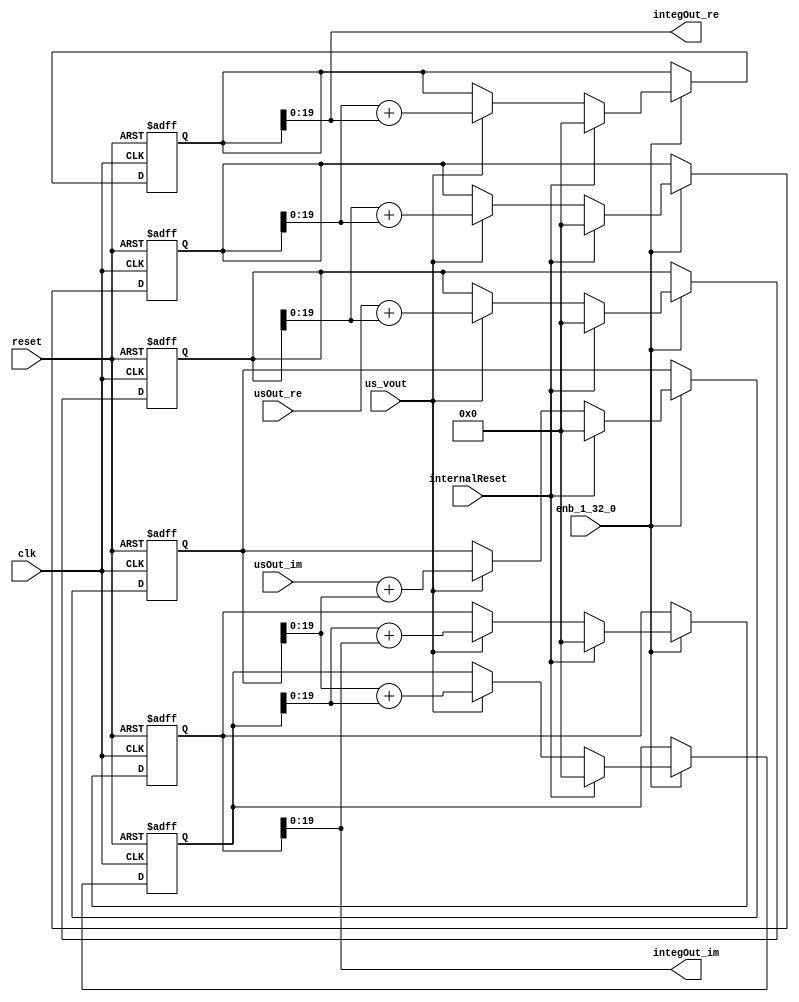
// -------------------------------------------------------------
// 
// 
// Generated by MATLAB 9.13 and HDL Coder 4.0
// 
// -------------------------------------------------------------


// -------------------------------------------------------------
// 
// Module: iSection
// Source Path: whdlOFDMTransmitter_up_con/OFDM_UC/HDL_DUC/CICInterpolator/iSection
// Hierarchy Level: 3
// 
// -------------------------------------------------------------

`timescale 1 ns / 1 ns

module iSection
          (clk,
           reset,
           enb_1_32_0,
           usOut_re,
           usOut_im,
           us_vout,
           internalReset,
           integOut_re,
           integOut_im);


  input   clk;
  input   reset;
  input   enb_1_32_0;
  input   signed [19:0] usOut_re;  // sfix20_En14
  input   signed [19:0] usOut_im;  // sfix20_En14
  input   us_vout;
  input   internalReset;
  output  signed [19:0] integOut_re;  // sfix20_En14
  output  signed [19:0] integOut_im;  // sfix20_En14


  wire signed [19:0] iOut_re4;  // sfix20_En14
  wire signed [20:0] adder_add_cast;  // sfix21_En14
  wire signed [20:0] adder_add_cast_1;  // sfix21_En14
  wire signed [20:0] addOut_re4;  // sfix21_En14
  reg signed [20:0] iOutreg_re4;  // sfix21_En14
  wire signed [19:0] iOut_re5;  // sfix20_En14
  wire signed [20:0] adder_add_cast_2;  // sfix21_En14
  wire signed [20:0] adder_add_cast_3;  // sfix21_En14
  wire signed [20:0] addOut_re5;  // sfix21_En14
  reg signed [20:0] iOutreg_re5;  // sfix21_En14
  wire signed [19:0] iOut_re6;  // sfix20_En14
  wire signed [20:0] adder_add_cast_4;  // sfix21_En14
  wire signed [20:0] adder_add_cast_5;  // sfix21_En14
  wire signed [20:0] addOut_re6;  // sfix21_En14
  reg signed [20:0] iOutreg_re6;  // sfix21_En14
  wire signed [19:0] iOut_im4;  // sfix20_En14
  wire signed [20:0] adder_add_cast_6;  // sfix21_En14
  wire signed [20:0] adder_add_cast_7;  // sfix21_En14
  wire signed [20:0] addOut_im4;  // sfix21_En14
  reg signed [20:0] iOutreg_im4;  // sfix21_En14
  wire signed [19:0] iOut_im5;  // sfix20_En14
  wire signed [20:0] adder_add_cast_8;  // sfix21_En14
  wire signed [20:0] adder_add_cast_9;  // sfix21_En14
  wire signed [20:0] addOut_im5;  // sfix21_En14
  reg signed [20:0] iOutreg_im5;  // sfix21_En14
  wire signed [19:0] iOut_im6;  // sfix20_En14
  wire signed [20:0] adder_add_cast_10;  // sfix21_En14
  wire signed [20:0] adder_add_cast_11;  // sfix21_En14
  wire signed [20:0] addOut_im6;  // sfix21_En14
  reg signed [20:0] iOutreg_im6;  // sfix21_En14


  assign adder_add_cast = {usOut_re[19], usOut_re};
  assign adder_add_cast_1 = {iOut_re4[19], iOut_re4};
  assign addOut_re4 = adder_add_cast + adder_add_cast_1;



  always @(posedge clk or posedge reset)
    begin : intdelay_process
      if (reset == 1'b1) begin
        iOutreg_re4 <= 21'sb000000000000000000000;
      end
      else begin
        if (enb_1_32_0) begin
          if (internalReset == 1'b1) begin
            iOutreg_re4 <= 21'sb000000000000000000000;
          end
          else begin
            if (us_vout) begin
              iOutreg_re4 <= addOut_re4;
            end
          end
        end
      end
    end



  assign iOut_re4 = iOutreg_re4[19:0];



  assign adder_add_cast_2 = {iOut_re4[19], iOut_re4};
  assign adder_add_cast_3 = {iOut_re5[19], iOut_re5};
  assign addOut_re5 = adder_add_cast_2 + adder_add_cast_3;



  always @(posedge clk or posedge reset)
    begin : intdelay_1_process
      if (reset == 1'b1) begin
        iOutreg_re5 <= 21'sb000000000000000000000;
      end
      else begin
        if (enb_1_32_0) begin
          if (internalReset == 1'b1) begin
            iOutreg_re5 <= 21'sb000000000000000000000;
          end
          else begin
            if (us_vout) begin
              iOutreg_re5 <= addOut_re5;
            end
          end
        end
      end
    end



  assign iOut_re5 = iOutreg_re5[19:0];



  assign adder_add_cast_4 = {iOut_re5[19], iOut_re5};
  assign adder_add_cast_5 = {iOut_re6[19], iOut_re6};
  assign addOut_re6 = adder_add_cast_4 + adder_add_cast_5;



  always @(posedge clk or posedge reset)
    begin : intdelay_2_process
      if (reset == 1'b1) begin
        iOutreg_re6 <= 21'sb000000000000000000000;
      end
      else begin
        if (enb_1_32_0) begin
          if (internalReset == 1'b1) begin
            iOutreg_re6 <= 21'sb000000000000000000000;
          end
          else begin
            if (us_vout) begin
              iOutreg_re6 <= addOut_re6;
            end
          end
        end
      end
    end



  assign iOut_re6 = iOutreg_re6[19:0];



  assign integOut_re = iOut_re6;

  assign adder_add_cast_6 = {usOut_im[19], usOut_im};
  assign adder_add_cast_7 = {iOut_im4[19], iOut_im4};
  assign addOut_im4 = adder_add_cast_6 + adder_add_cast_7;



  always @(posedge clk or posedge reset)
    begin : intdelay_3_process
      if (reset == 1'b1) begin
        iOutreg_im4 <= 21'sb000000000000000000000;
      end
      else begin
        if (enb_1_32_0) begin
          if (internalReset == 1'b1) begin
            iOutreg_im4 <= 21'sb000000000000000000000;
          end
          else begin
            if (us_vout) begin
              iOutreg_im4 <= addOut_im4;
            end
          end
        end
      end
    end



  assign iOut_im4 = iOutreg_im4[19:0];



  assign adder_add_cast_8 = {iOut_im4[19], iOut_im4};
  assign adder_add_cast_9 = {iOut_im5[19], iOut_im5};
  assign addOut_im5 = adder_add_cast_8 + adder_add_cast_9;



  always @(posedge clk or posedge reset)
    begin : intdelay_4_process
      if (reset == 1'b1) begin
        iOutreg_im5 <= 21'sb000000000000000000000;
      end
      else begin
        if (enb_1_32_0) begin
          if (internalReset == 1'b1) begin
            iOutreg_im5 <= 21'sb000000000000000000000;
          end
          else begin
            if (us_vout) begin
              iOutreg_im5 <= addOut_im5;
            end
          end
        end
      end
    end



  assign iOut_im5 = iOutreg_im5[19:0];



  assign adder_add_cast_10 = {iOut_im5[19], iOut_im5};
  assign adder_add_cast_11 = {iOut_im6[19], iOut_im6};
  assign addOut_im6 = adder_add_cast_10 + adder_add_cast_11;



  always @(posedge clk or posedge reset)
    begin : intdelay_5_process
      if (reset == 1'b1) begin
        iOutreg_im6 <= 21'sb000000000000000000000;
      end
      else begin
        if (enb_1_32_0) begin
          if (internalReset == 1'b1) begin
            iOutreg_im6 <= 21'sb000000000000000000000;
          end
          else begin
            if (us_vout) begin
              iOutreg_im6 <= addOut_im6;
            end
          end
        end
      end
    end



  assign iOut_im6 = iOutreg_im6[19:0];



  assign integOut_im = iOut_im6;

endmodule  // iSection